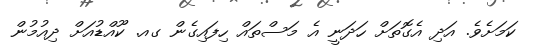
ކަމަށެވެ. އަދި އެގޮތަށް ހަދަނީ އެ މަސްތައް ހިފައިގެން ގއ. ކޫއްޑުއަށް ދިއުމުން